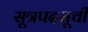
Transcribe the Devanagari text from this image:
सूत्रपदसूची